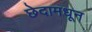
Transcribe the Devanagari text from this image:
छेदामधून